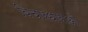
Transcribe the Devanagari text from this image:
विचारधाराओंं